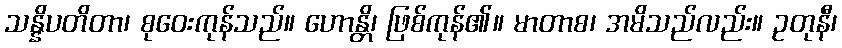
သန္နိပတိတာ၊ စုဝေးကုန်သည်။ ဟောန္တိ၊ ဖြစ်ကုန်၏။ မာတာစ၊ အမိသည်လည်း။ ဥတုနီ၊